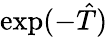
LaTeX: \exp(-\hat{T})